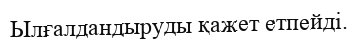
Ылғалдандыруды қажет етпейді.